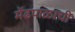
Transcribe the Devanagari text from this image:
मेंढपाळाची